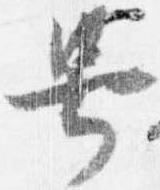
号